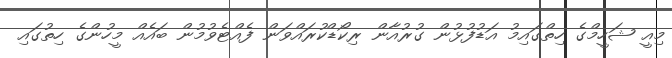
މިއީ ޝަހީމްގެ ހިތްގައިމު އަޑުފުޅުން ގުރުއާން ރިކޯޑްކުރައްވަން ފެއްޓެވުމުން ބައެއް މީހުންގެ ހިތުގައި